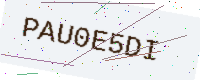
Text: PAU0E5DI